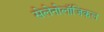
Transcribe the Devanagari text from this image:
सेलेनोलॉजिकल